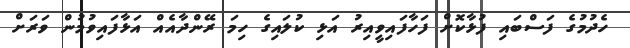
ހެދުމުގެ ފަސްބައި ފުޅާކޮށް ފަހާފައިވީއިރު އަޅި ކުލައިގެ ހިމަ ރޭންދާއެއް އަޅާފައިވުމުން ވަރަށް